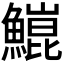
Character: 𬵥